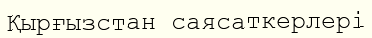
Қырғызстан саясаткерлері